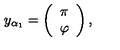
y _ { \alpha _ { 1 } } = \left( \begin{array} { c } { \pi } \\ { \varphi } \\ \end{array} \right) ,